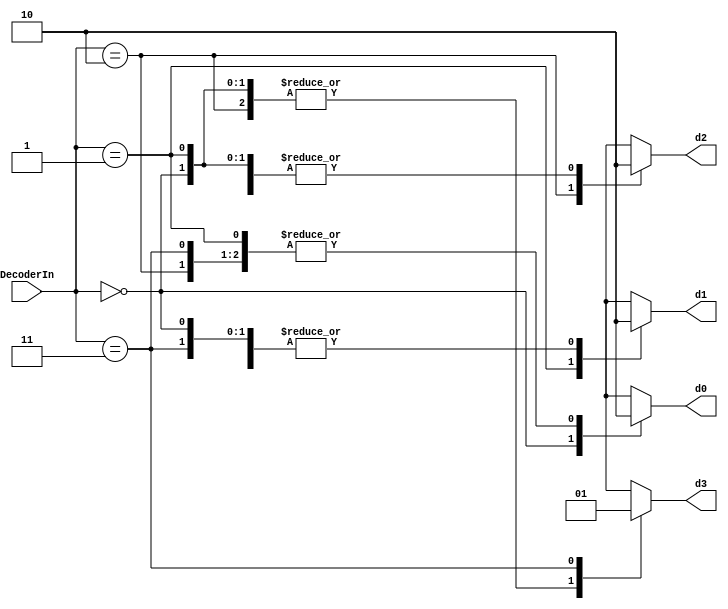
`timescale 1ns/10ps
module Decoder2to4(
	input [1:0] DecoderIn,
	output reg d0, d1, d2, d3);
	
	always @(DecoderIn) begin
		case(DecoderIn)
			2'b00: begin d0=1; d1=0; d2=0; d3=0; end
			2'b01: begin d1=1; d0=0; d2=0; d3=0; end
			2'b10: begin d2=1; d1=0; d0=0; d3=0; end
			2'b11: begin d3=1; d1=0; d2=0; d0=0; end
		endcase
	end
		
endmodule